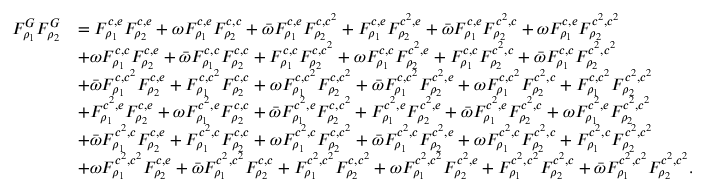
\begin{array} { r l } { F _ { \rho _ { 1 } } ^ { G } F _ { \rho _ { 2 } } ^ { G } } & { = F _ { \rho _ { 1 } } ^ { c , e } F _ { \rho _ { 2 } } ^ { c , e } + \omega F _ { \rho _ { 1 } } ^ { c , e } F _ { \rho _ { 2 } } ^ { c , c } + \bar { \omega } F _ { \rho _ { 1 } } ^ { c , e } F _ { \rho _ { 2 } } ^ { c , c ^ { 2 } } + F _ { \rho _ { 1 } } ^ { c , e } F _ { \rho _ { 2 } } ^ { c ^ { 2 } , e } + \bar { \omega } F _ { \rho _ { 1 } } ^ { c , e } F _ { \rho _ { 2 } } ^ { c ^ { 2 } , c } + \omega F _ { \rho _ { 1 } } ^ { c , e } F _ { \rho _ { 2 } } ^ { c ^ { 2 } , c ^ { 2 } } } \\ & { + \omega F _ { \rho _ { 1 } } ^ { c , c } F _ { \rho _ { 2 } } ^ { c , e } + \bar { \omega } F _ { \rho _ { 1 } } ^ { c , c } F _ { \rho _ { 2 } } ^ { c , c } + F _ { \rho _ { 1 } } ^ { c , c } F _ { \rho _ { 2 } } ^ { c , c ^ { 2 } } + \omega F _ { \rho _ { 1 } } ^ { c , c } F _ { \rho _ { 2 } } ^ { c ^ { 2 } , e } + F _ { \rho _ { 1 } } ^ { c , c } F _ { \rho _ { 2 } } ^ { c ^ { 2 } , c } + \bar { \omega } F _ { \rho _ { 1 } } ^ { c , c } F _ { \rho _ { 2 } } ^ { c ^ { 2 } , c ^ { 2 } } } \\ & { + \bar { \omega } F _ { \rho _ { 1 } } ^ { c , c ^ { 2 } } F _ { \rho _ { 2 } } ^ { c , e } + F _ { \rho _ { 1 } } ^ { c , c ^ { 2 } } F _ { \rho _ { 2 } } ^ { c , c } + \omega F _ { \rho _ { 1 } } ^ { c , c ^ { 2 } } F _ { \rho _ { 2 } } ^ { c , c ^ { 2 } } + \bar { \omega } F _ { \rho _ { 1 } } ^ { c , c ^ { 2 } } F _ { \rho _ { 2 } } ^ { c ^ { 2 } , e } + \omega F _ { \rho _ { 1 } } ^ { c , c ^ { 2 } } F _ { \rho _ { 2 } } ^ { c ^ { 2 } , c } + F _ { \rho _ { 1 } } ^ { c , c ^ { 2 } } F _ { \rho _ { 2 } } ^ { c ^ { 2 } , c ^ { 2 } } } \\ & { + F _ { \rho _ { 1 } } ^ { c ^ { 2 } , e } F _ { \rho _ { 2 } } ^ { c , e } + \omega F _ { \rho _ { 1 } } ^ { c ^ { 2 } , e } F _ { \rho _ { 2 } } ^ { c , c } + \bar { \omega } F _ { \rho _ { 1 } } ^ { c ^ { 2 } , e } F _ { \rho _ { 2 } } ^ { c , c ^ { 2 } } + F _ { \rho _ { 1 } } ^ { c ^ { 2 } , e } F _ { \rho _ { 2 } } ^ { c ^ { 2 } , e } + \bar { \omega } F _ { \rho _ { 1 } } ^ { c ^ { 2 } , e } F _ { \rho _ { 2 } } ^ { c ^ { 2 } , c } + \omega F _ { \rho _ { 1 } } ^ { c ^ { 2 } , e } F _ { \rho _ { 2 } } ^ { c ^ { 2 } , c ^ { 2 } } } \\ & { + \bar { \omega } F _ { \rho _ { 1 } } ^ { c ^ { 2 } , c } F _ { \rho _ { 2 } } ^ { c , e } + F _ { \rho _ { 1 } } ^ { c ^ { 2 } , c } F _ { \rho _ { 2 } } ^ { c , c } + \omega F _ { \rho _ { 1 } } ^ { c ^ { 2 } , c } F _ { \rho _ { 2 } } ^ { c , c ^ { 2 } } + \bar { \omega } F _ { \rho _ { 1 } } ^ { c ^ { 2 } , c } F _ { \rho _ { 2 } } ^ { c ^ { 2 } , e } + \omega F _ { \rho _ { 1 } } ^ { c ^ { 2 } , c } F _ { \rho _ { 2 } } ^ { c ^ { 2 } , c } + F _ { \rho _ { 1 } } ^ { c ^ { 2 } , c } F _ { \rho _ { 2 } } ^ { c ^ { 2 } , c ^ { 2 } } } \\ & { + \omega F _ { \rho _ { 1 } } ^ { c ^ { 2 } , c ^ { 2 } } F _ { \rho _ { 2 } } ^ { c , e } + \bar { \omega } F _ { \rho _ { 1 } } ^ { c ^ { 2 } , c ^ { 2 } } F _ { \rho _ { 2 } } ^ { c , c } + F _ { \rho _ { 1 } } ^ { c ^ { 2 } , c ^ { 2 } } F _ { \rho _ { 2 } } ^ { c , c ^ { 2 } } + \omega F _ { \rho _ { 1 } } ^ { c ^ { 2 } , c ^ { 2 } } F _ { \rho _ { 2 } } ^ { c ^ { 2 } , e } + F _ { \rho _ { 1 } } ^ { c ^ { 2 } , c ^ { 2 } } F _ { \rho _ { 2 } } ^ { c ^ { 2 } , c } + \bar { \omega } F _ { \rho _ { 1 } } ^ { c ^ { 2 } , c ^ { 2 } } F _ { \rho _ { 2 } } ^ { c ^ { 2 } , c ^ { 2 } } . } \end{array}